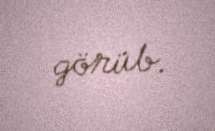
görüb.